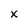
Character: x